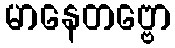
မာနေတဗ္ဗော